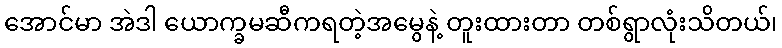
အောင်မာ အဲဒါ ယောက္ခမဆီကရတဲ့အမွေနဲ့ တူးထားတာ တစ်ရွာလုံးသိတယ်၊